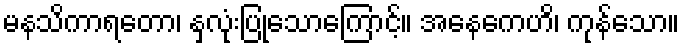
မနသိကာရတော၊ နှလုံးပြုသောကြောင့်။ အနေကေဟိ၊ ကုန်သော။